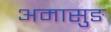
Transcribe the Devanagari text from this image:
अमासुङ